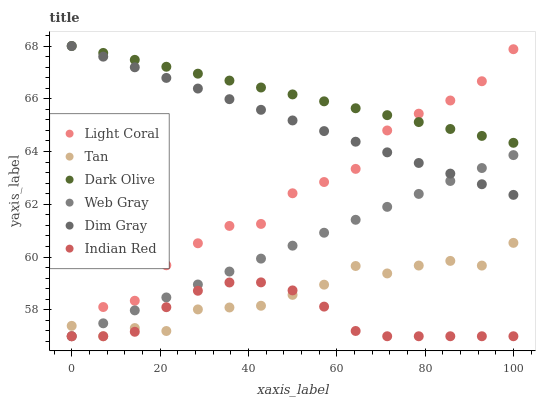
| xaxis_label | Light Coral | Tan | Dark Olive | Web Gray | Dim Gray | Indian Red |
 | --- | --- | --- | --- | --- | --- | --- |
 | 0 | 57 | 57.4 | 68 | 57 | 68 | 57 |
 | 7.14 | 58.1 | 57 | 67.7 | 57.5 | 67.6 | 57 |
 | 14.3 | 58.3 | 57.3 | 67.5 | 58 | 67.2 | 57.2 |
 | 21.4 | 59.7 | 57.2 | 67.2 | 58.5 | 66.8 | 58.1 |
 | 28.6 | 60.5 | 58 | 67 | 59 | 66.4 | 58.7 |
 | 35.7 | 61.2 | 58.1 | 66.7 | 59.5 | 66 | 59 |
 | 42.9 | 61.3 | 58.2 | 66.4 | 59.9 | 65.6 | 59 |
 | 50 | 62.4 | 58.6 | 66.2 | 60.4 | 65.2 | 58.7 |
 | 57.1 | 62.8 | 59 | 65.9 | 60.9 | 64.8 | 58.1 |
 | 64.3 | 63.3 | 59.7 | 65.6 | 61.4 | 64.4 | 57.2 |
 | 71.4 | 64.8 | 59.4 | 65.4 | 61.9 | 64 | 57 |
 | 78.6 | 65.4 | 59.7 | 65.1 | 62.4 | 63.6 | 57 |
 | 85.7 | 65.9 | 59.9 | 64.9 | 62.9 | 63.2 | 57 |
 | 92.9 | 66.7 | 59.7 | 64.6 | 63.4 | 62.8 | 57 |
 | 100 | 67.9 | 60.5 | 64.3 | 63.9 | 62.4 | 57 |